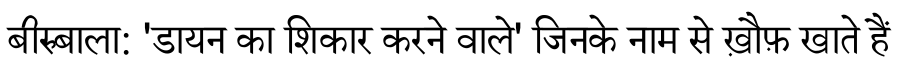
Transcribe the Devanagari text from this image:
बीरुबाला: 'डायन का शिकार करने वाले' जिनके नाम से ख़ौफ़ खाते हैं